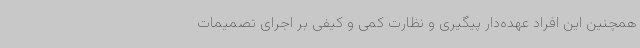
همچنین این افراد عهده‌دار پیگیری و نظارت کمی و کیفی بر اجرای تصمیمات